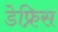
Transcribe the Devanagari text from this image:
डेफ्रिस